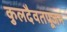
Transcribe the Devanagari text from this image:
कुलदैवतपूजन